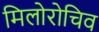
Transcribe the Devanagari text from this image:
मिलोरोचिव